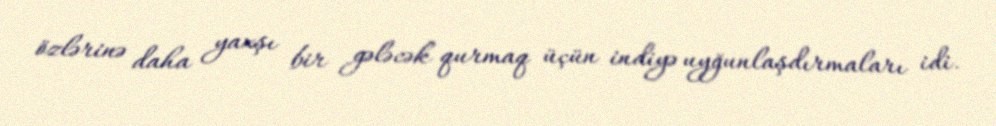
özlərinə daha yaxşı bir gələcək qurmaq üçün indiyə uyğunlaşdırmaları idi.